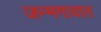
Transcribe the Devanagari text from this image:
जन्मगावात